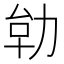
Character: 𭄪